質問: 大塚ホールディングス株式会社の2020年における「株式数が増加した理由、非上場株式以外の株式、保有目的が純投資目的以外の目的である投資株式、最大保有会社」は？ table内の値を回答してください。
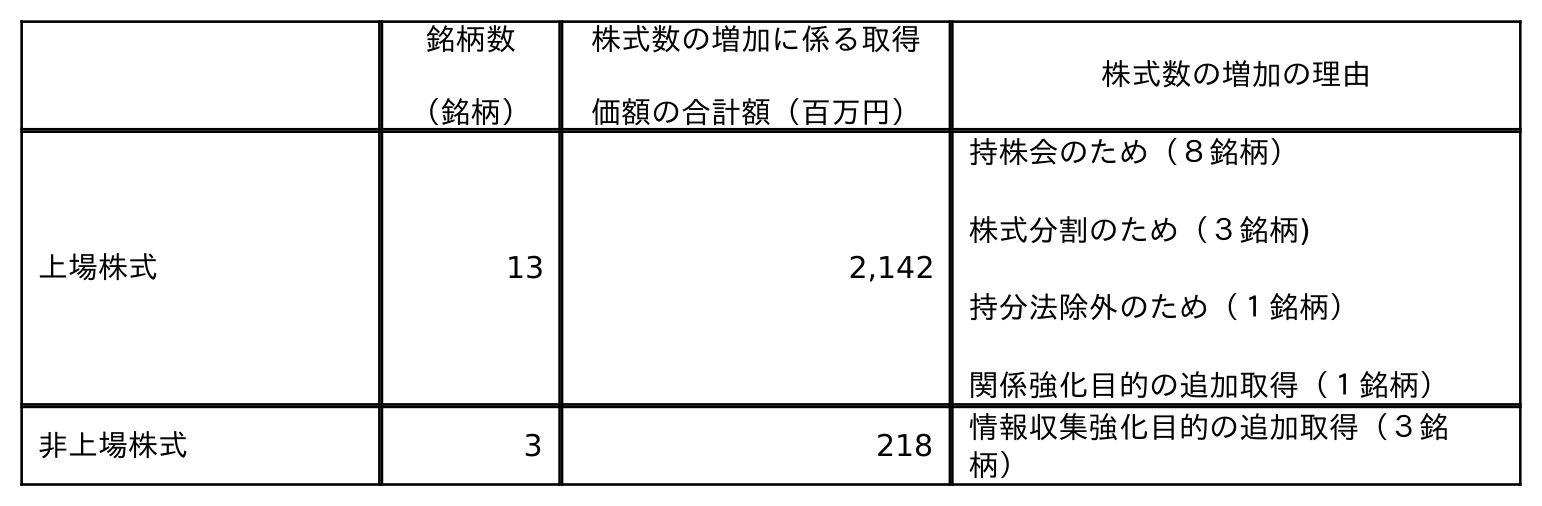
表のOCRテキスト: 銘柄数 （銘柄） 株式数の増加に係る取得 価額の合計額（百万円） 株式数の増加の理由 上場株式 13 2,142 持株会のため（８銘柄） 株式分割のため（３銘柄) 持分法除外のため（１銘柄） 関係強化目的の追加取得（１銘柄） 非上場株式 3 218 情報収集強化目的の追加取得（３銘 柄）
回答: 情報収集強化目的の追加取得（３銘柄）